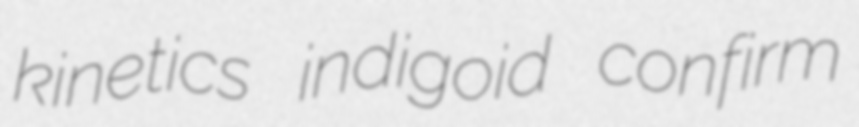
kinetics indigoid confirm